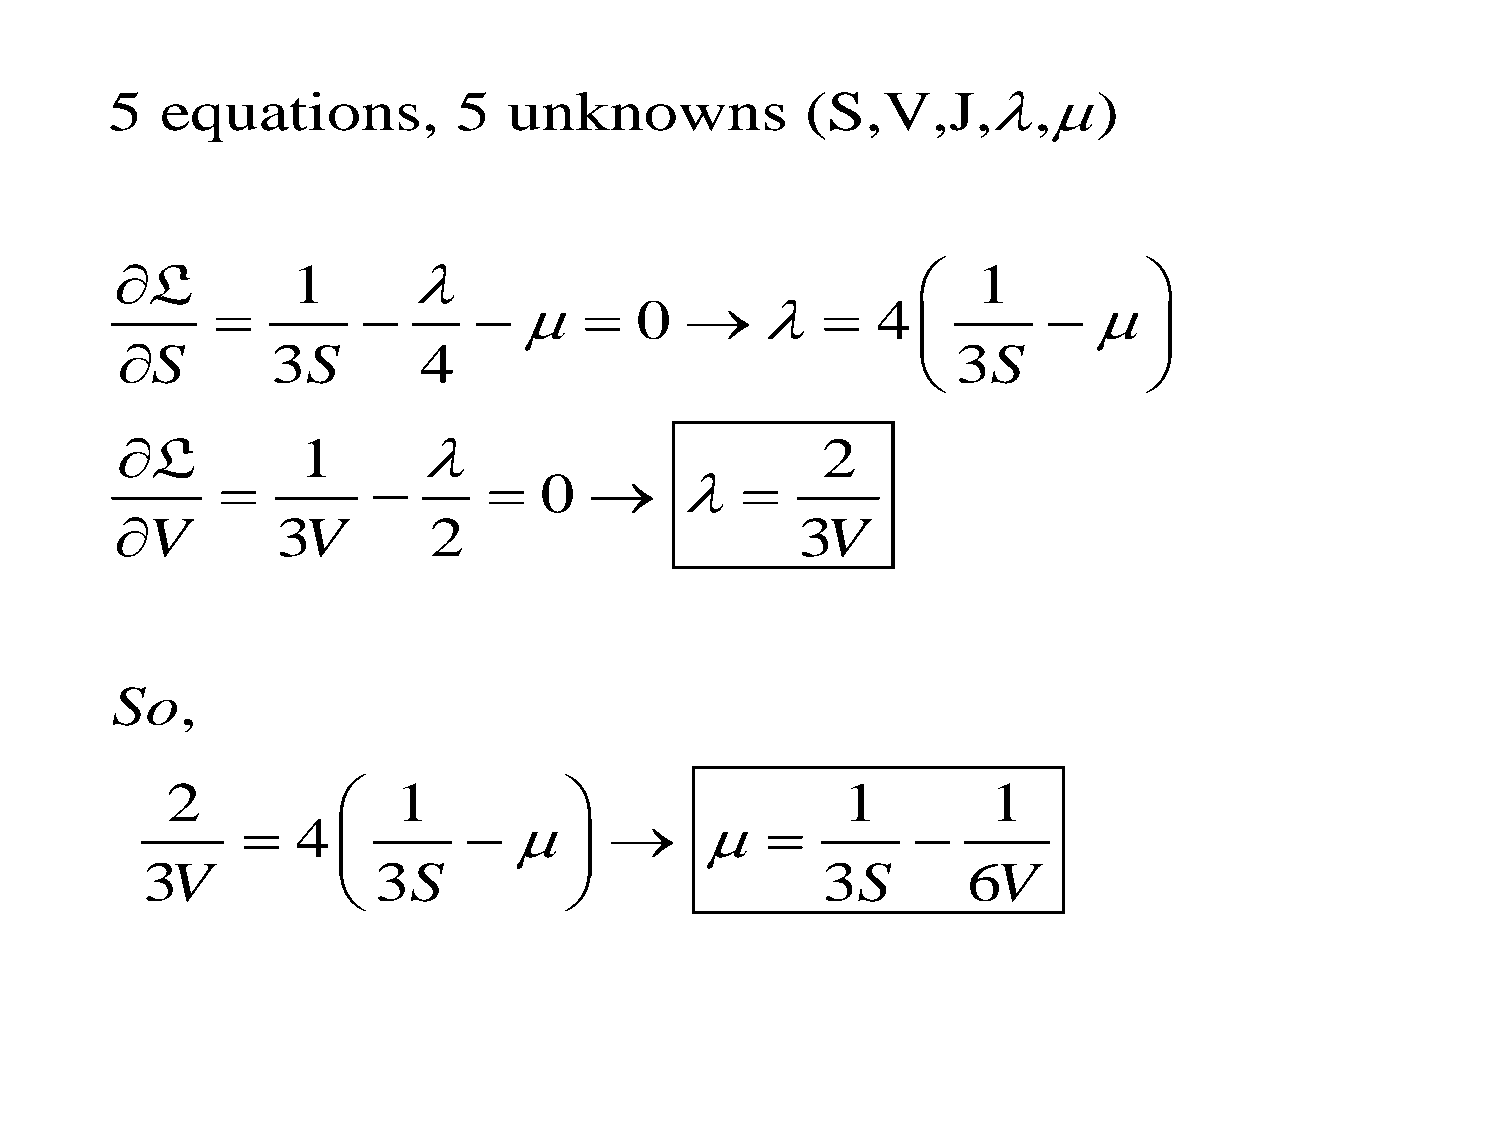
5   equations,         5   unknowns           (S,V,J,,)
 L         1                                           1          
                        0            4            
               
 S        3S        4                                  3S
               
 L          1                                2
                   0       
 V        3V        2                        3V
 So,
 2             1                            1         1
    4                                  
                
 3V              3S                           3S        6V
                